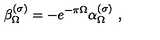
\beta _ { \Omega } ^ { ( \sigma ) } = - e ^ { - \pi \Omega } \alpha _ { \Omega } ^ { ( \sigma ) } \ ,